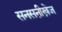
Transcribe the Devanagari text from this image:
सनसनी़खे़ज